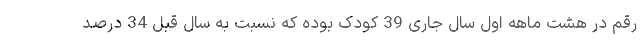
رقم در هشت ماهه اول سال جاری 39 کودک بوده که نسبت به سال قبل 34 درصد